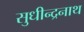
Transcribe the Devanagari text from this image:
सुधीन्द्रनाथ